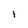
Character: i